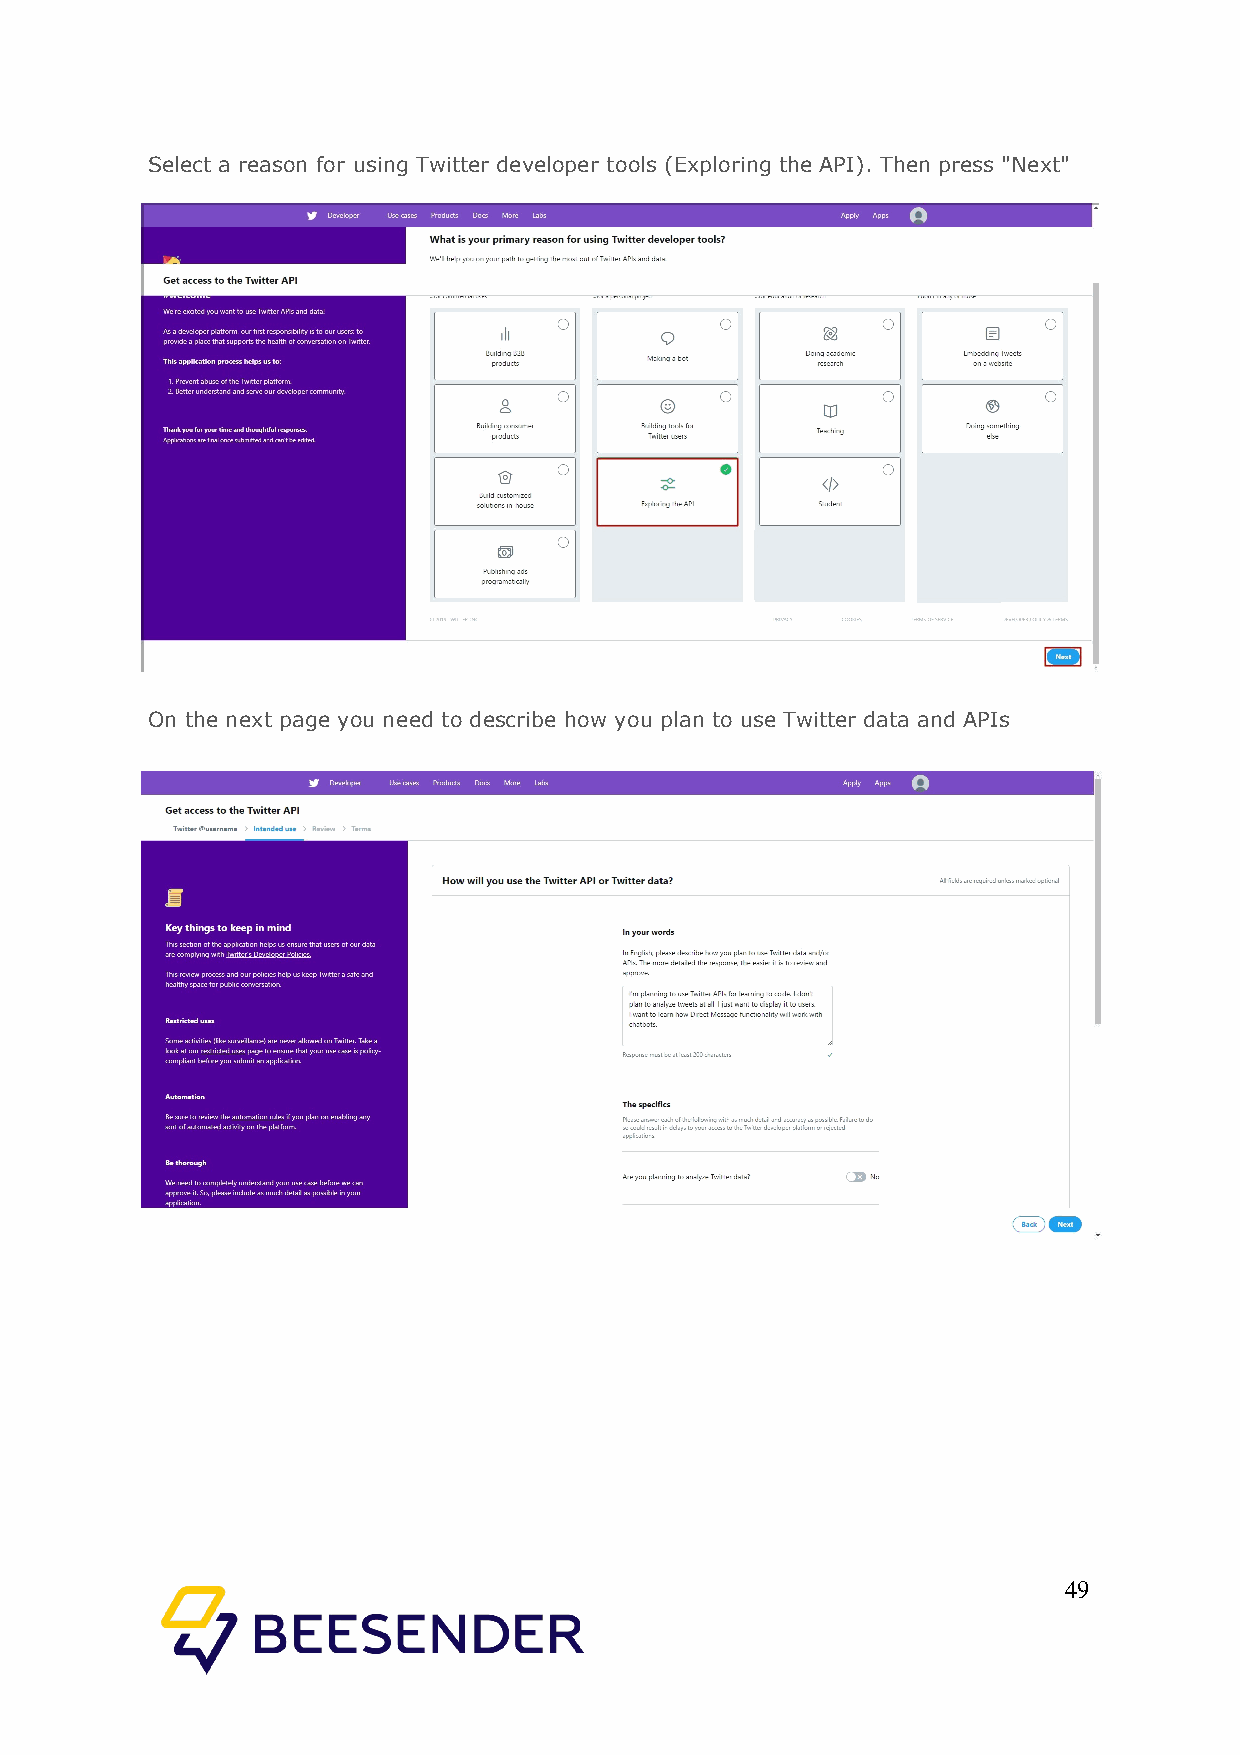
Select a reason for using Twitter developer tools (Exploring the API). Then press "Next"
 On the next page you need to describe how you plan to use Twitter data and APIs
 49